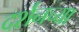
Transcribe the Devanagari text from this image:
दर्शनच्या